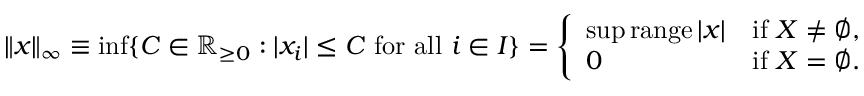
\| x \| _ { \infty } \equiv \operatorname* { i n f } \{ C \in \mathbb { R } _ { \geq 0 } : | x _ { i } | \leq C { \mathrm { ~ f o r ~ a l l ~ } } i \in I \} = { \left\{ \begin{array} { l l } { \operatorname* { s u p } \operatorname { r a n g e } | x | } & { { \mathrm { i f ~ } } X \neq \varnothing , } \\ { 0 } & { { \mathrm { i f ~ } } X = \varnothing . } \end{array} \right. }